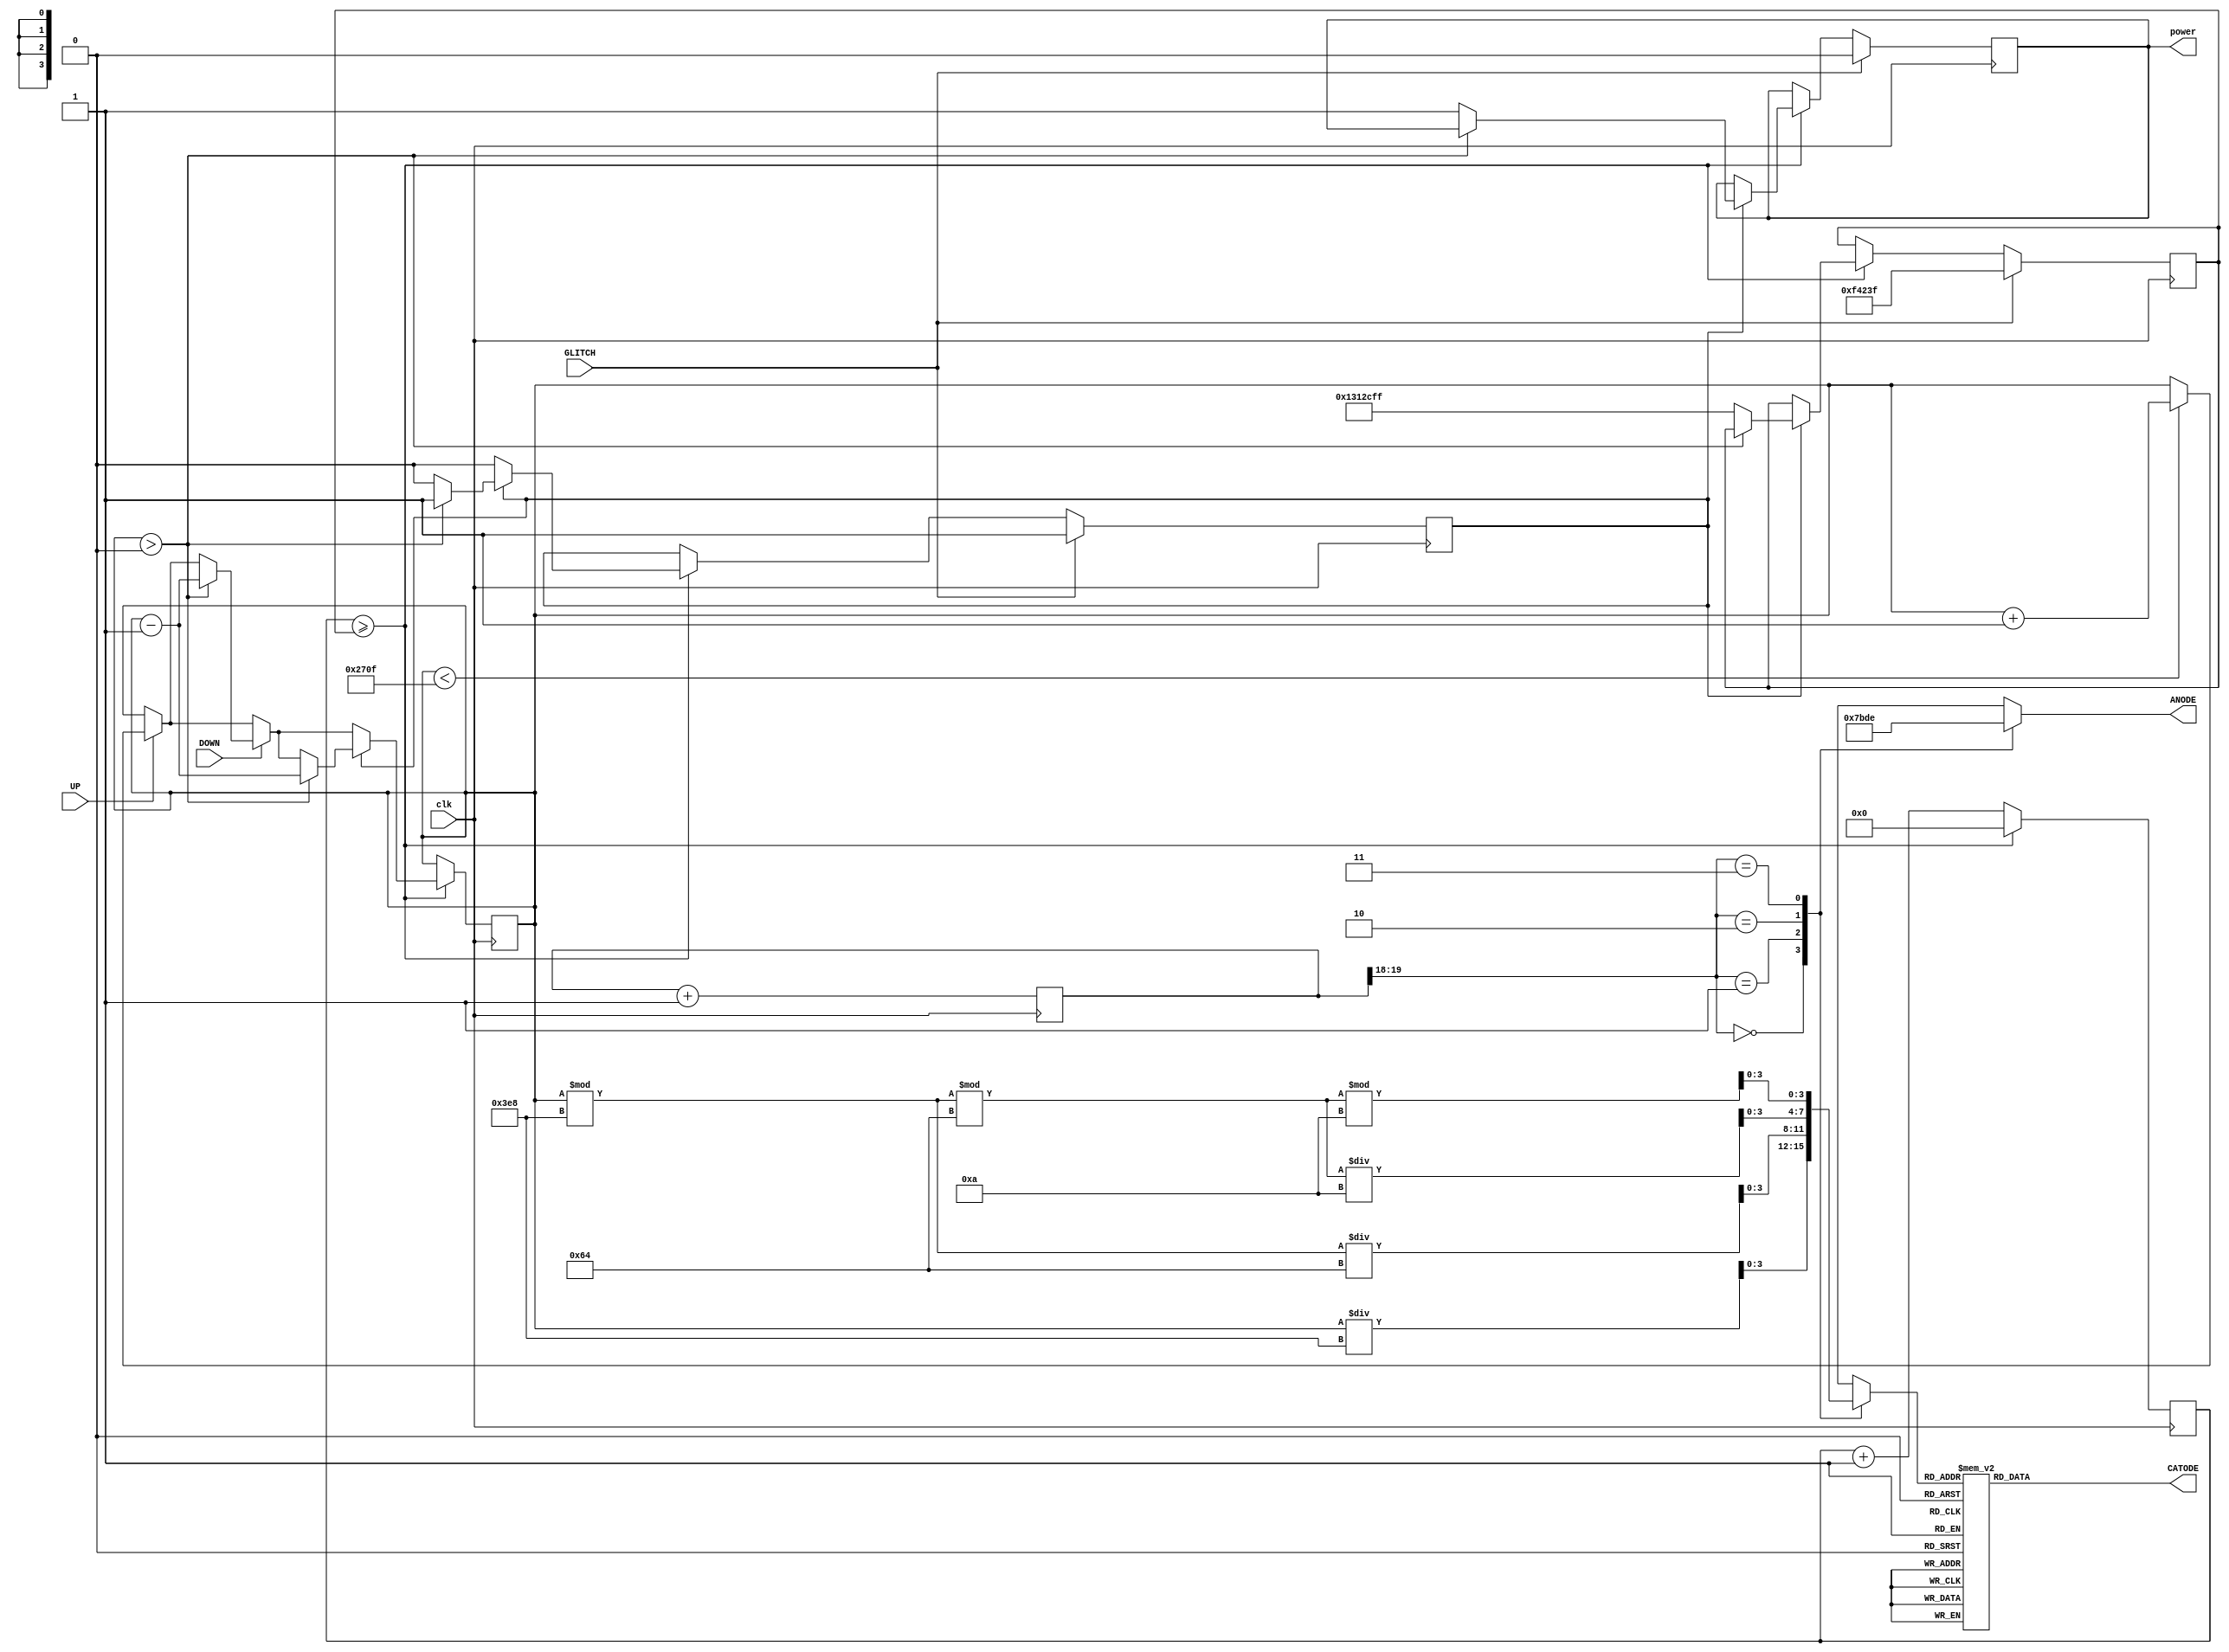
`timescale 1ns / 1ps
//////////////////////////////////////////////////////////////////////////////////
// Company: 
// Engineer: 
// 
// Design Name: 
// Module Name:    volt 
// Project Name: 
// Target Devices: 
// Tool versions: 
// Description: 
//
// Dependencies: 
//
// Revision: 
// Revision 0.01 - File Created
// Additional Comments: 
//
//////////////////////////////////////////////////////////////////////////////////


module volt(
		clk,
		power,
		ANODE,
		CATODE,
		UP,
		DOWN,
		GLITCH
    );
	input clk;
	input UP;
	input DOWN;
	input GLITCH;
	
	output power;

	output reg [3:0] ANODE;
	output reg [6:0] CATODE;
	
	reg [26:0] time_counter = 0;
	
	reg power = 1'b1;
	reg [1:0] do_glitch = 0;
	reg [15:0] displayed_number = 0;
	
		
	localparam [26:0] button_delay = 19999999; 
	localparam [26:0] delay_voltage_drop = 999999;; 
	
	reg [26:0] current_max_count = button_delay;
	
	always @(posedge clk )
    begin
				
			if(time_counter >= current_max_count) begin
				time_counter <= 0;
				
				if(UP) begin
					if(displayed_number < 9999) begin
						displayed_number <= displayed_number + 1;
					end
				end
			
				if(DOWN) begin
					if(displayed_number > 0) begin
						displayed_number <= displayed_number - 1;
					end				
				end
				
				if(do_glitch[0] == 1) begin
					if(displayed_number > 0) begin
						displayed_number <= displayed_number - 1;
					end
					else begin
						do_glitch[0] = 0;
						current_max_count = button_delay;
						power=1'b1;
					end
				end
			end
			else begin
				time_counter <= time_counter + 1;
			end
		
		if(GLITCH) begin
			current_max_count = delay_voltage_drop;
			do_glitch[0] = 1;
			power=1'b0;
		end
		
    end    
	
	
	/*
		Count display
	*/
	
	reg [19:0] refresh_counter;
	wire [1:0] LED_activating_counter; 
	assign LED_activating_counter = refresh_counter[19:18];
	
	always @(posedge clk)
    begin 
        refresh_counter <= refresh_counter + 1;
    end 
	assign LED_activating_counter = refresh_counter[19:18];

	reg [3:0] LED_BCD;
	always @(*)
    begin
        case(LED_activating_counter)
        2'b00: begin
            ANODE = 4'b0111; 
            LED_BCD = displayed_number/1000;
              end
        2'b01: begin
            ANODE = 4'b1011; 
            LED_BCD = (displayed_number % 1000)/100;
              end
        2'b10: begin
            ANODE = 4'b1101; 
            LED_BCD = ((displayed_number % 1000)%100)/10;
                end
        2'b11: begin
            ANODE = 4'b1110; 
            LED_BCD = ((displayed_number % 1000)%100)%10;
               end
        endcase
    end
	
	always @(*)
    begin
        case(LED_BCD)
        4'b0000: CATODE = 7'b0000001; // "0"     
        4'b0001: CATODE = 7'b1001111; // "1" 
        4'b0010: CATODE = 7'b0010010; // "2" 
        4'b0011: CATODE = 7'b0000110; // "3" 
        4'b0100: CATODE = 7'b1001100; // "4" 
        4'b0101: CATODE = 7'b0100100; // "5" 
        4'b0110: CATODE = 7'b0100000; // "6" 
        4'b0111: CATODE = 7'b0001111; // "7" 
        4'b1000: CATODE = 7'b0000000; // "8"     
        4'b1001: CATODE = 7'b0000100; // "9" 
        default: CATODE = 7'b0000001; // "0"
        endcase
    end
endmodule